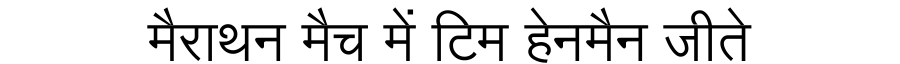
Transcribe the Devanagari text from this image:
मैराथन मैच में टिम हेनमैन जीते